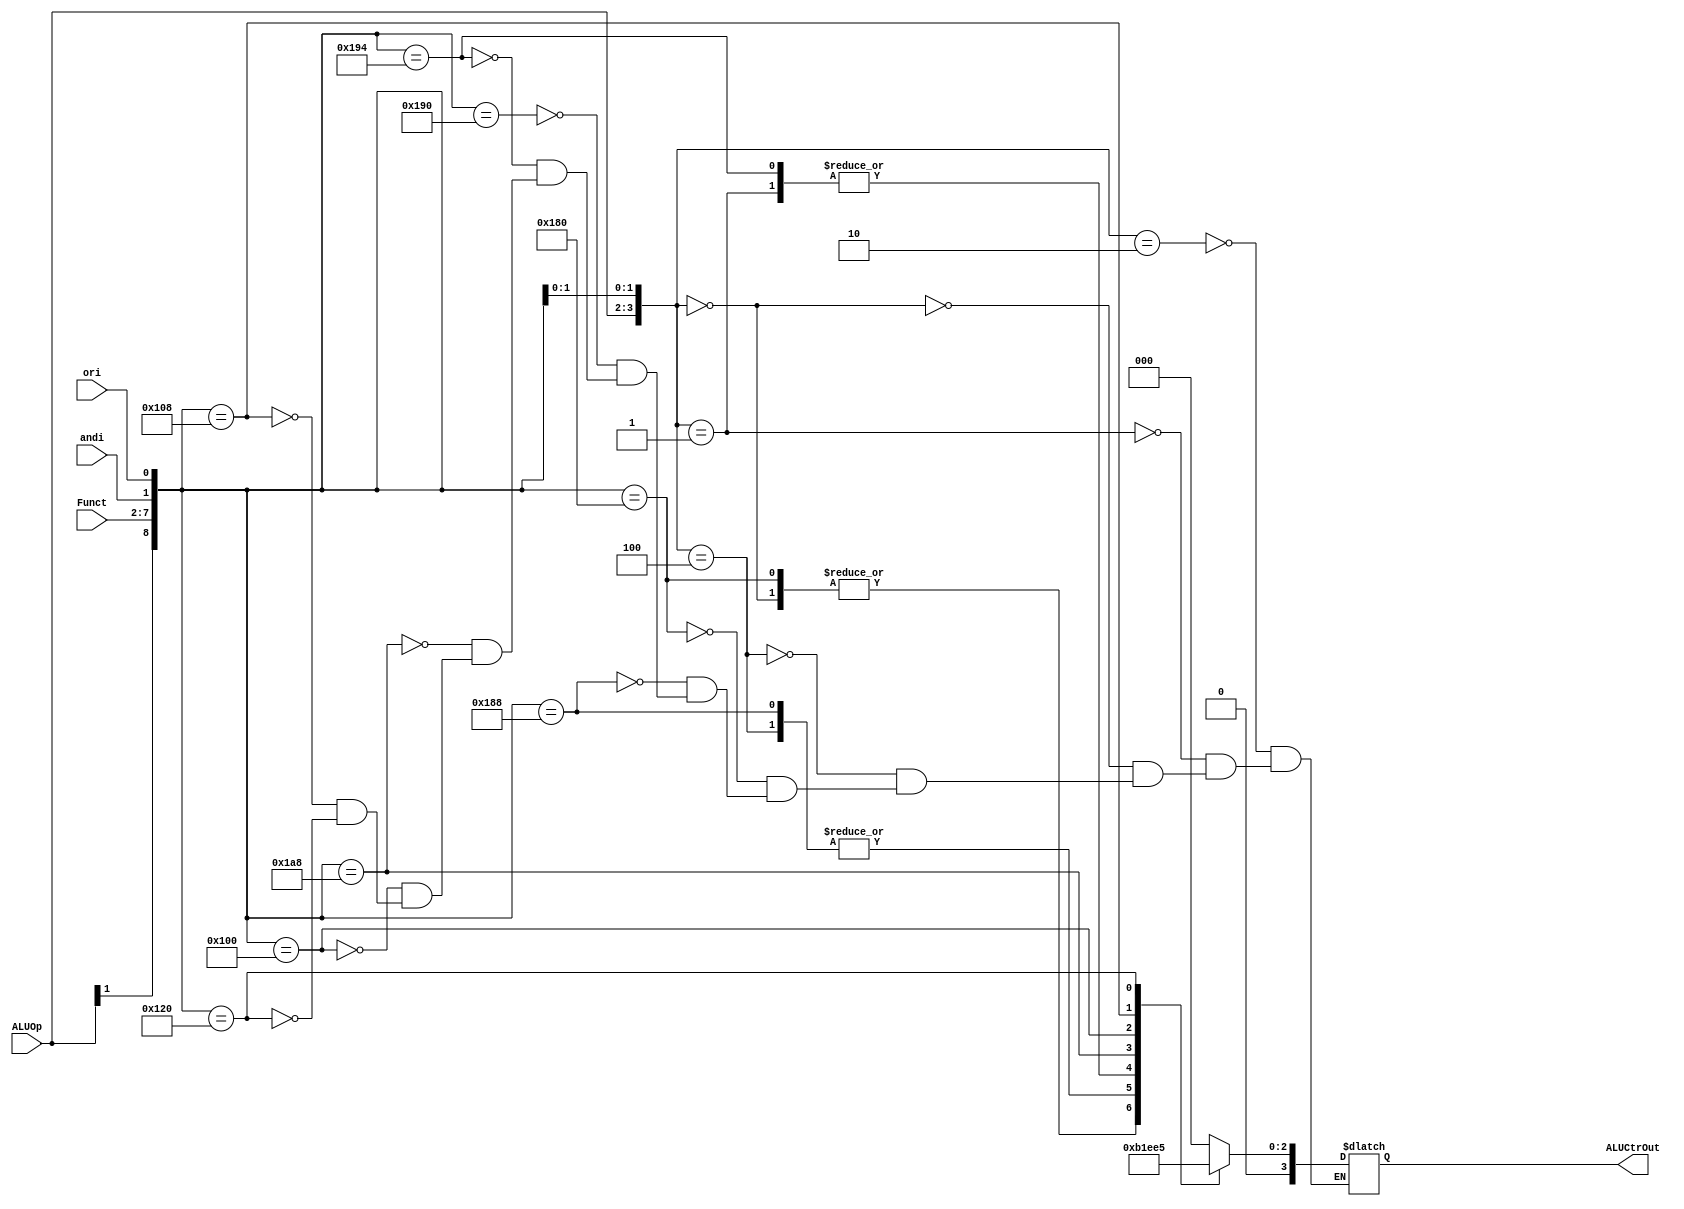
`timescale 1ns / 1ps
//////////////////////////////////////////////////////////////////////////////////
// Company: 
// Engineer: 
// 
// Design Name: 
// Module Name: ALUCtr
// Project Name: 
// Target Devices: 
// Tool Versions: 
// Description: 
// 
// Dependencies: 
// 
// Revision:
// Revision 0.01 - File Created
// Additional Comments:
// 
//////////////////////////////////////////////////////////////////////////////////


module ALUCtr(
    output reg [3:0] ALUCtrOut,
    input [1:0] ALUOp,
    input [5:0] Funct,
    input andi,
    input ori
    );
        
    always @ ({ALUOp, Funct, andi, ori})
    begin
        casex   ({ALUOp, Funct, andi, ori})
            10'b00xxxxxx10 : ALUCtrOut = 4'b0000; //andi
            10'b00xxxxxx01 : ALUCtrOut = 4'b0001; //ori
            10'b00xxxxxx00 : ALUCtrOut = 4'b0010;
            10'b01xxxxxx00 : ALUCtrOut = 4'b0110;
            
            //R type
            10'b1x10000000 : ALUCtrOut = 4'b0010; //add
            10'b1x10001000 : ALUCtrOut = 4'b0110; //sub
            10'b1x10010000 : ALUCtrOut = 4'b0000; //and
            10'b1x10010100 : ALUCtrOut = 4'b0001; //or
            10'b1x10101000 : ALUCtrOut = 4'b0111; //slt
            10'b1x00000000 : ALUCtrOut = 4'b0011; //sll
            10'b1x00001000 : ALUCtrOut = 4'b0100; //srl       
            10'b1x00100000 : ALUCtrOut = 4'b0101; //jr
            
         endcase
    end
endmodule